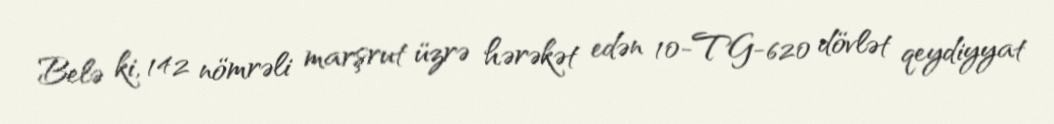
Belə ki, 142 nömrəli marşrut üzrə hərəkət edən 10-TG-620 dövlət qeydiyyat